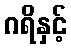
ဂရိနှင့်